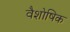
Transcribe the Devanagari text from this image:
वैशोषिक